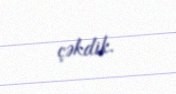
çəkdik.